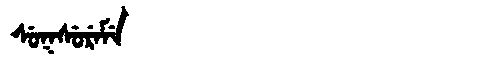
Manchu: ᠰᡠᡴᠰᡠᡵᡝᠮᡝ
Romanization: SUKSUREME